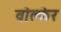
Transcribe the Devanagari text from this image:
वोल्केर